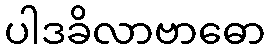
ပါဒခိလာဗာဓော